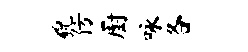
貌仿厨咏各